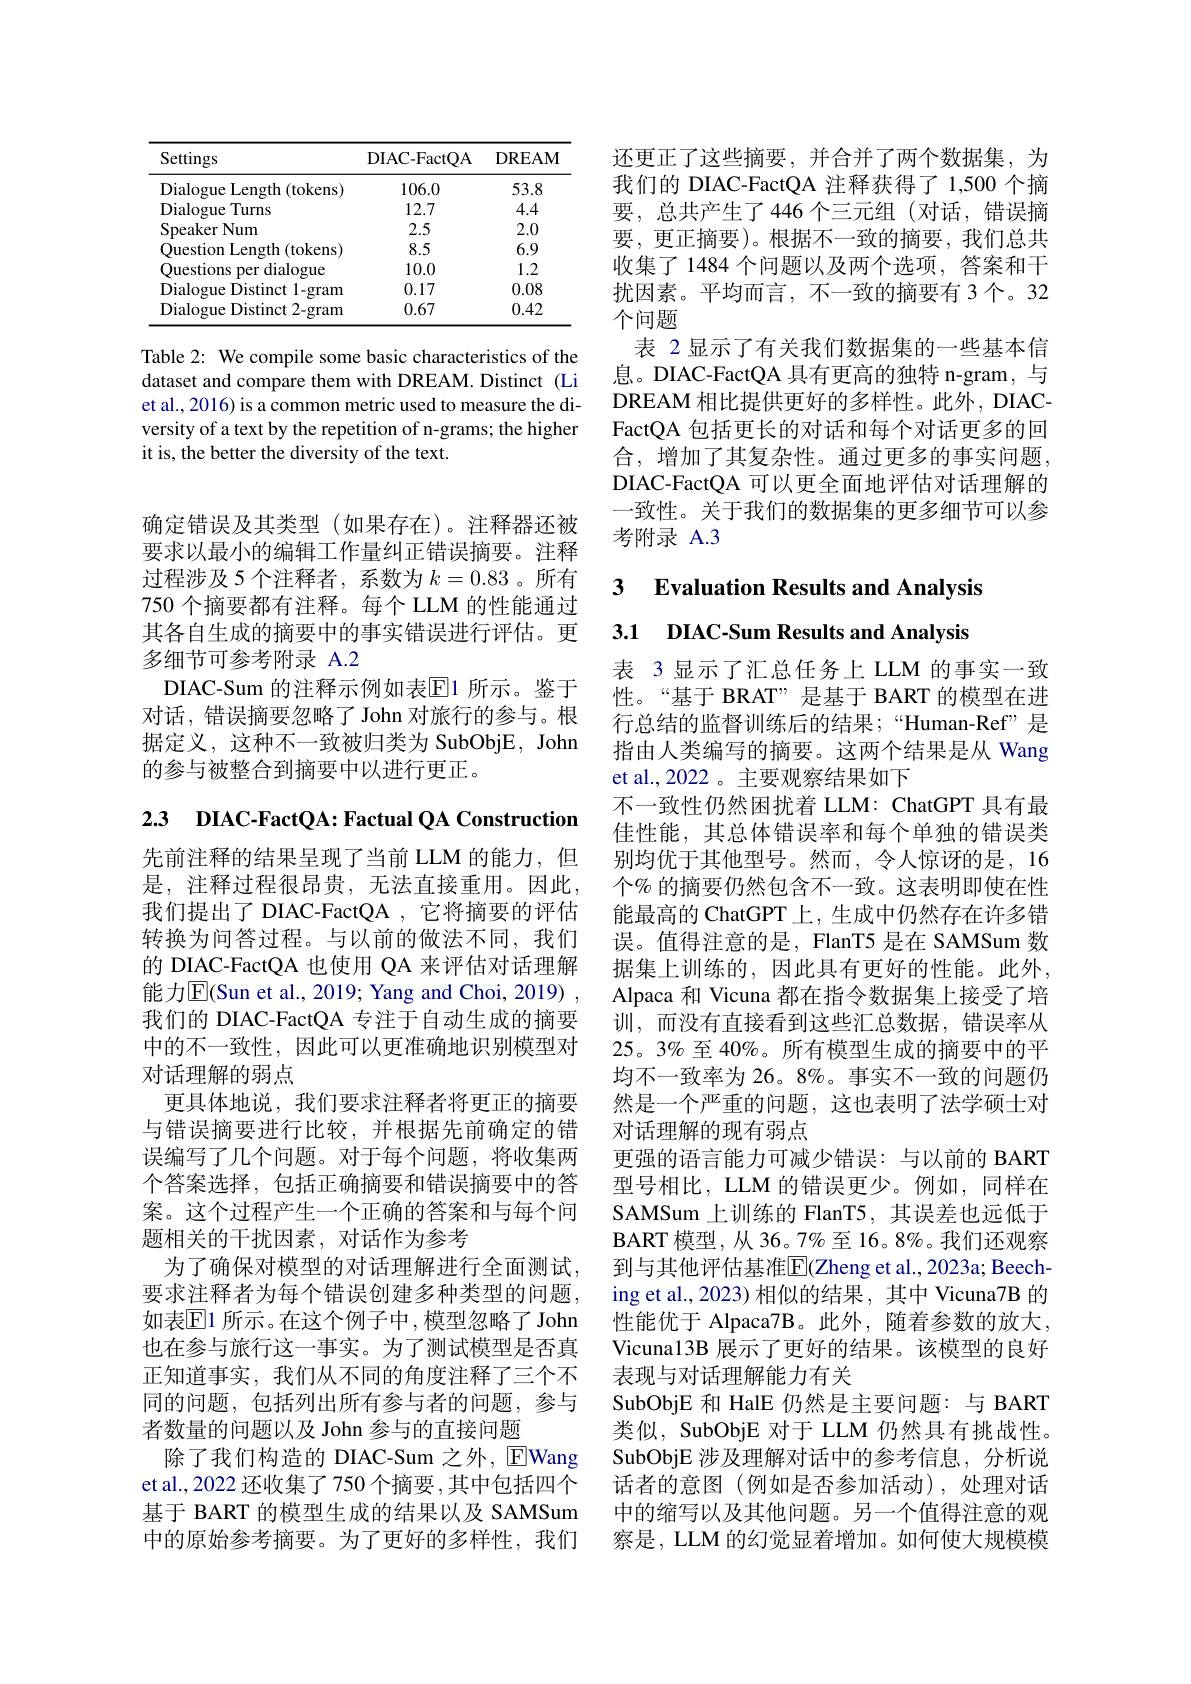
<table>
	<tbody>
		<tr>
			<th>Settings</th>
			<th>DIAC- FactQA</th>
			<th>DREAM</th>
		</tr>
		<tr>
			<td>Dialogue Length(tokens)</td>
			<td>106.0</td>
			<td>53.8</td>
		</tr>
		<tr>
			<td>Dialogue Turns</td>
			<td>12.7</td>
			<td>4.4</td>
		</tr>
		<tr>
			<td>Speaker Num</td>
			<td>2.5</td>
			<td>2.0</td>
		</tr>
		<tr>
			<td>Ouestion I enoth (tokens)</td>
			<td>8.5</td>
			<td>6.9</td>
		</tr>
		<tr>
			<td>Ouestions per dialogue ·</td>
			<td>10.0</td>
			<td>1.2</td>
		</tr>
		<tr>
			<td>Dialogue Distinct $1-gram$</td>
			<td>0.17</td>
			<td>0.08</td>
		</tr>
		<tr>
			<td>Dialogue Distinct ${\textbf{t}2}{\mathrm{-gram}}$</td>
			<td>0.67</td>
			<td>0.42</td>
		</tr>
	</tbody>
</table>

Table 2: We compile some basic characteristics of the dataset and compare them with DREAM. Distinct (Li et al., 2016) is a common metric used to measure the diversity of a text by the repetition of n-grams; the higher it is, the better the diversity of the text.

确定错误及其类型(如果存在)。注释器还被要求以最小的编辑工作量纠正错误摘要。注释过程涉及5个注释者，系数为$k=0.83$。所有750 个摘要都有注释。每个 LLM 的性能通过其各自生成的摘要中的事实错误进行评估。更多细节可参考附录 A.2
DIAC-Sum 的注释示例如表$\overline{\mathrm{E}}$1 所示。鉴于对话，错误摘要忽略了 John 对旅行的参与。根据定义，这种不一致被归类为 SubObjE, John 的参与被整合到摘要中以进行更正。

2.3 DIAC-FactQA: Factual QA Construction

先前注释的结果呈现了当前 LLM 的能力，但是，注释过程很昂贵，无法直接重用。因此， 我们提出了 DIAC-FactQA ,它将摘要的评估转换为问答过程。与以前的做法不同，我们的 DIAC-FactQA 也使用 QA 来评估对话理解能力$\overline{\mathrm{E}}($Sun et al., 2019; Yang and Choi, 2019) , 我们的 DIAC-FactQA 专注于自动生成的摘要中的不一致性，因此可以更准确地识别模型对对话理解的弱点
更具体地说，我们要求注释者将更正的摘要与错误摘要进行比较，并根据先前确定的错误编写了几个问题。对于每个问题，将收集两个答案选择，包括正确摘要和错误摘要中的答案。这个过程产生一个正确的答案和与每个问题相关的干扰因素，对话作为参考
为了确保对模型的对话理解进行全面测试， 要求注释者为每个错误创建多种类型的问题， 如表$\mathbb{E}$1 所示。在这个例子中，模型忽略了 John 也在参与旅行这一事实。为了测试模型是否真正知道事实，我们从不同的角度注释了三个不同的问题，包括列出所有参与者的问题，参与者数量的问题以及 John 参与的直接问题
除了我们构造的 DIAC-Sum 之外，$\operatorname{EWang}$ et al., 2022 还收集了 750 个摘要 ,其中包括四个基于 BART 的模型生成的结果以及 SAMSum 中的原始参考摘要。为了更好的多样性，我们

还更正了这些摘要，并合并了两个数据集，为我们的 DIAC-FactQA 注释获得了 1,500 个摘要，总共产生了446 个三元组(对话，错误摘要，更正摘要)。根据不一致的摘要，我们总共收集了 1484 个问题以及两个选项，答案和干扰因素。平均而言，不一致的摘要有 3个。32个问题
表 2显示了有关我们数据集的一些基本信息。DIAC-FactQA 具有更高的独特 n-gram, 与DREAM 相比提供更好的多样性。此外，DIACFactQA 包括更长的对话和每个对话更多的回合，增加了其复杂性。通过更多的事实问题， DIAC-FactQA 可以更全面地评估对话理解的一致性。关于我们的数据集的更多细节可以参考附录 A.3

3 Evaluation Results and Analysis

## 3.1 DIAC-Sum Results and Analysis

表 3显示了汇总任务上 LLM 的事实一致性。“基于 BRAT” 是基于 BART 的模型在进行总结的监督训练后的结果；“Human-Ref”是指由人类编写的摘要。这两个结果是从 Wang et al.,2022。主要观察结果如下
不一致性仍然困扰着 LLM: ChatGPT 具有最佳性能，其总体错误率和每个单独的错误类别均优于其他型号。然而，令人惊讶的是，16个% 的摘要仍然包含不一致。这表明即使在性能最高的 ChatGPT 上，生成中仍然存在许多错误。值得注意的是，FlanT5 是在 SAMSum 数据集上训练的，因此具有更好的性能。此外， Alpaca 和 Vicuna 都在指令数据集上接受了培训，而没有直接看到这些汇总数据，错误率从$25。3\%$至 40%。所有模型生成的摘要中的平均不一致率为 26。8%。事实不一致的问题仍然是一个严重的问题，这也表明了法学硕士对对话理解的现有弱点
更强的语言能力可减少错误：与以前的 BART 型号相比，LLM 的错误更少。例如，同样在SAMSum 上训练的 FlanT5,其误差也远低于BART 模型，从 36。7%至 16。8%。我们还观察到与其他评估基准$\overline{\mathrm{E}}($Zheng et al.,2023a; Beeching et al., 2023) 相似的结果，其中 Vicuna7B 的性能优于 Alpaca7B。此外，随着参数的放大， Vicuna13B 展示了更好的结果。该模型的良好表现与对话理解能力有关
SubObjE 和 HalE 仍然是主要问题：与 BART 类似，SubObjE 对于 LLM 仍然具有挑战性。SubObjE 涉及理解对话中的参考信息，分析说话者的意图(例如是否参加活动),处理对话中的缩写以及其他问题。另一个值得注意的观察是，LLM 的幻觉显着增加。如何使大规模模